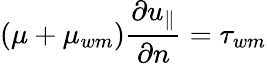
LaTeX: \left(\mu+\mu_{wm}\right)\frac{\partial u_{\| }}{\partial n}=\tau_{wm}